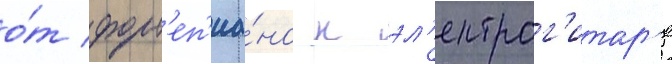
о́т форт'еп'иа́но к эл'ектрог'итар'е